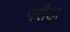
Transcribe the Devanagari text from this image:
परौठा